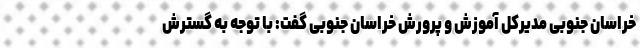
خراسان جنوبی مدیرکل آموزش و پرورش خراسان جنوبی گفت: با توجه به گسترش